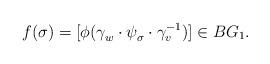
LaTeX: \begin{align*} f(\sigma)=[\phi(\gamma_{w}^{\vphantom{1}} \cdot \psi_\sigma ^{\vphantom{1}}\cdot \gamma_v^{-1})]\in BG_1. \end{align*}